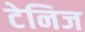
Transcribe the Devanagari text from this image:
टेनिज